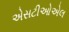
એસટીઓએલ